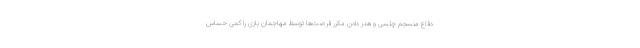
دفاع منسجم چلسی و هدر دادن مکرر فرصت‌ها توسط مهاجمان بازی را کمی حساس